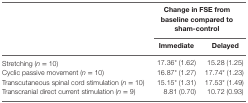
|  | <COLSPAN=2> Change in FSE from baseline compared to sham-control |
 |  | Immediate | Delayed |
 | --- | --- | --- |
 | Stretching (n = 10) | 17.36* (1.62) | 15.28 (1.25) |
 | Cyclic passive movement (n = 10) | 16.87* (1.27) | 17.74* (1.23) |
 | Transcutaneous spinal cord stimulation (n = 10) | 15.15* (1.31) | 17.53* (1.49) |
 | Transcranial direct current stimulation (n = 9) | 8.81 (0.70) | 10.72 (0.93) |